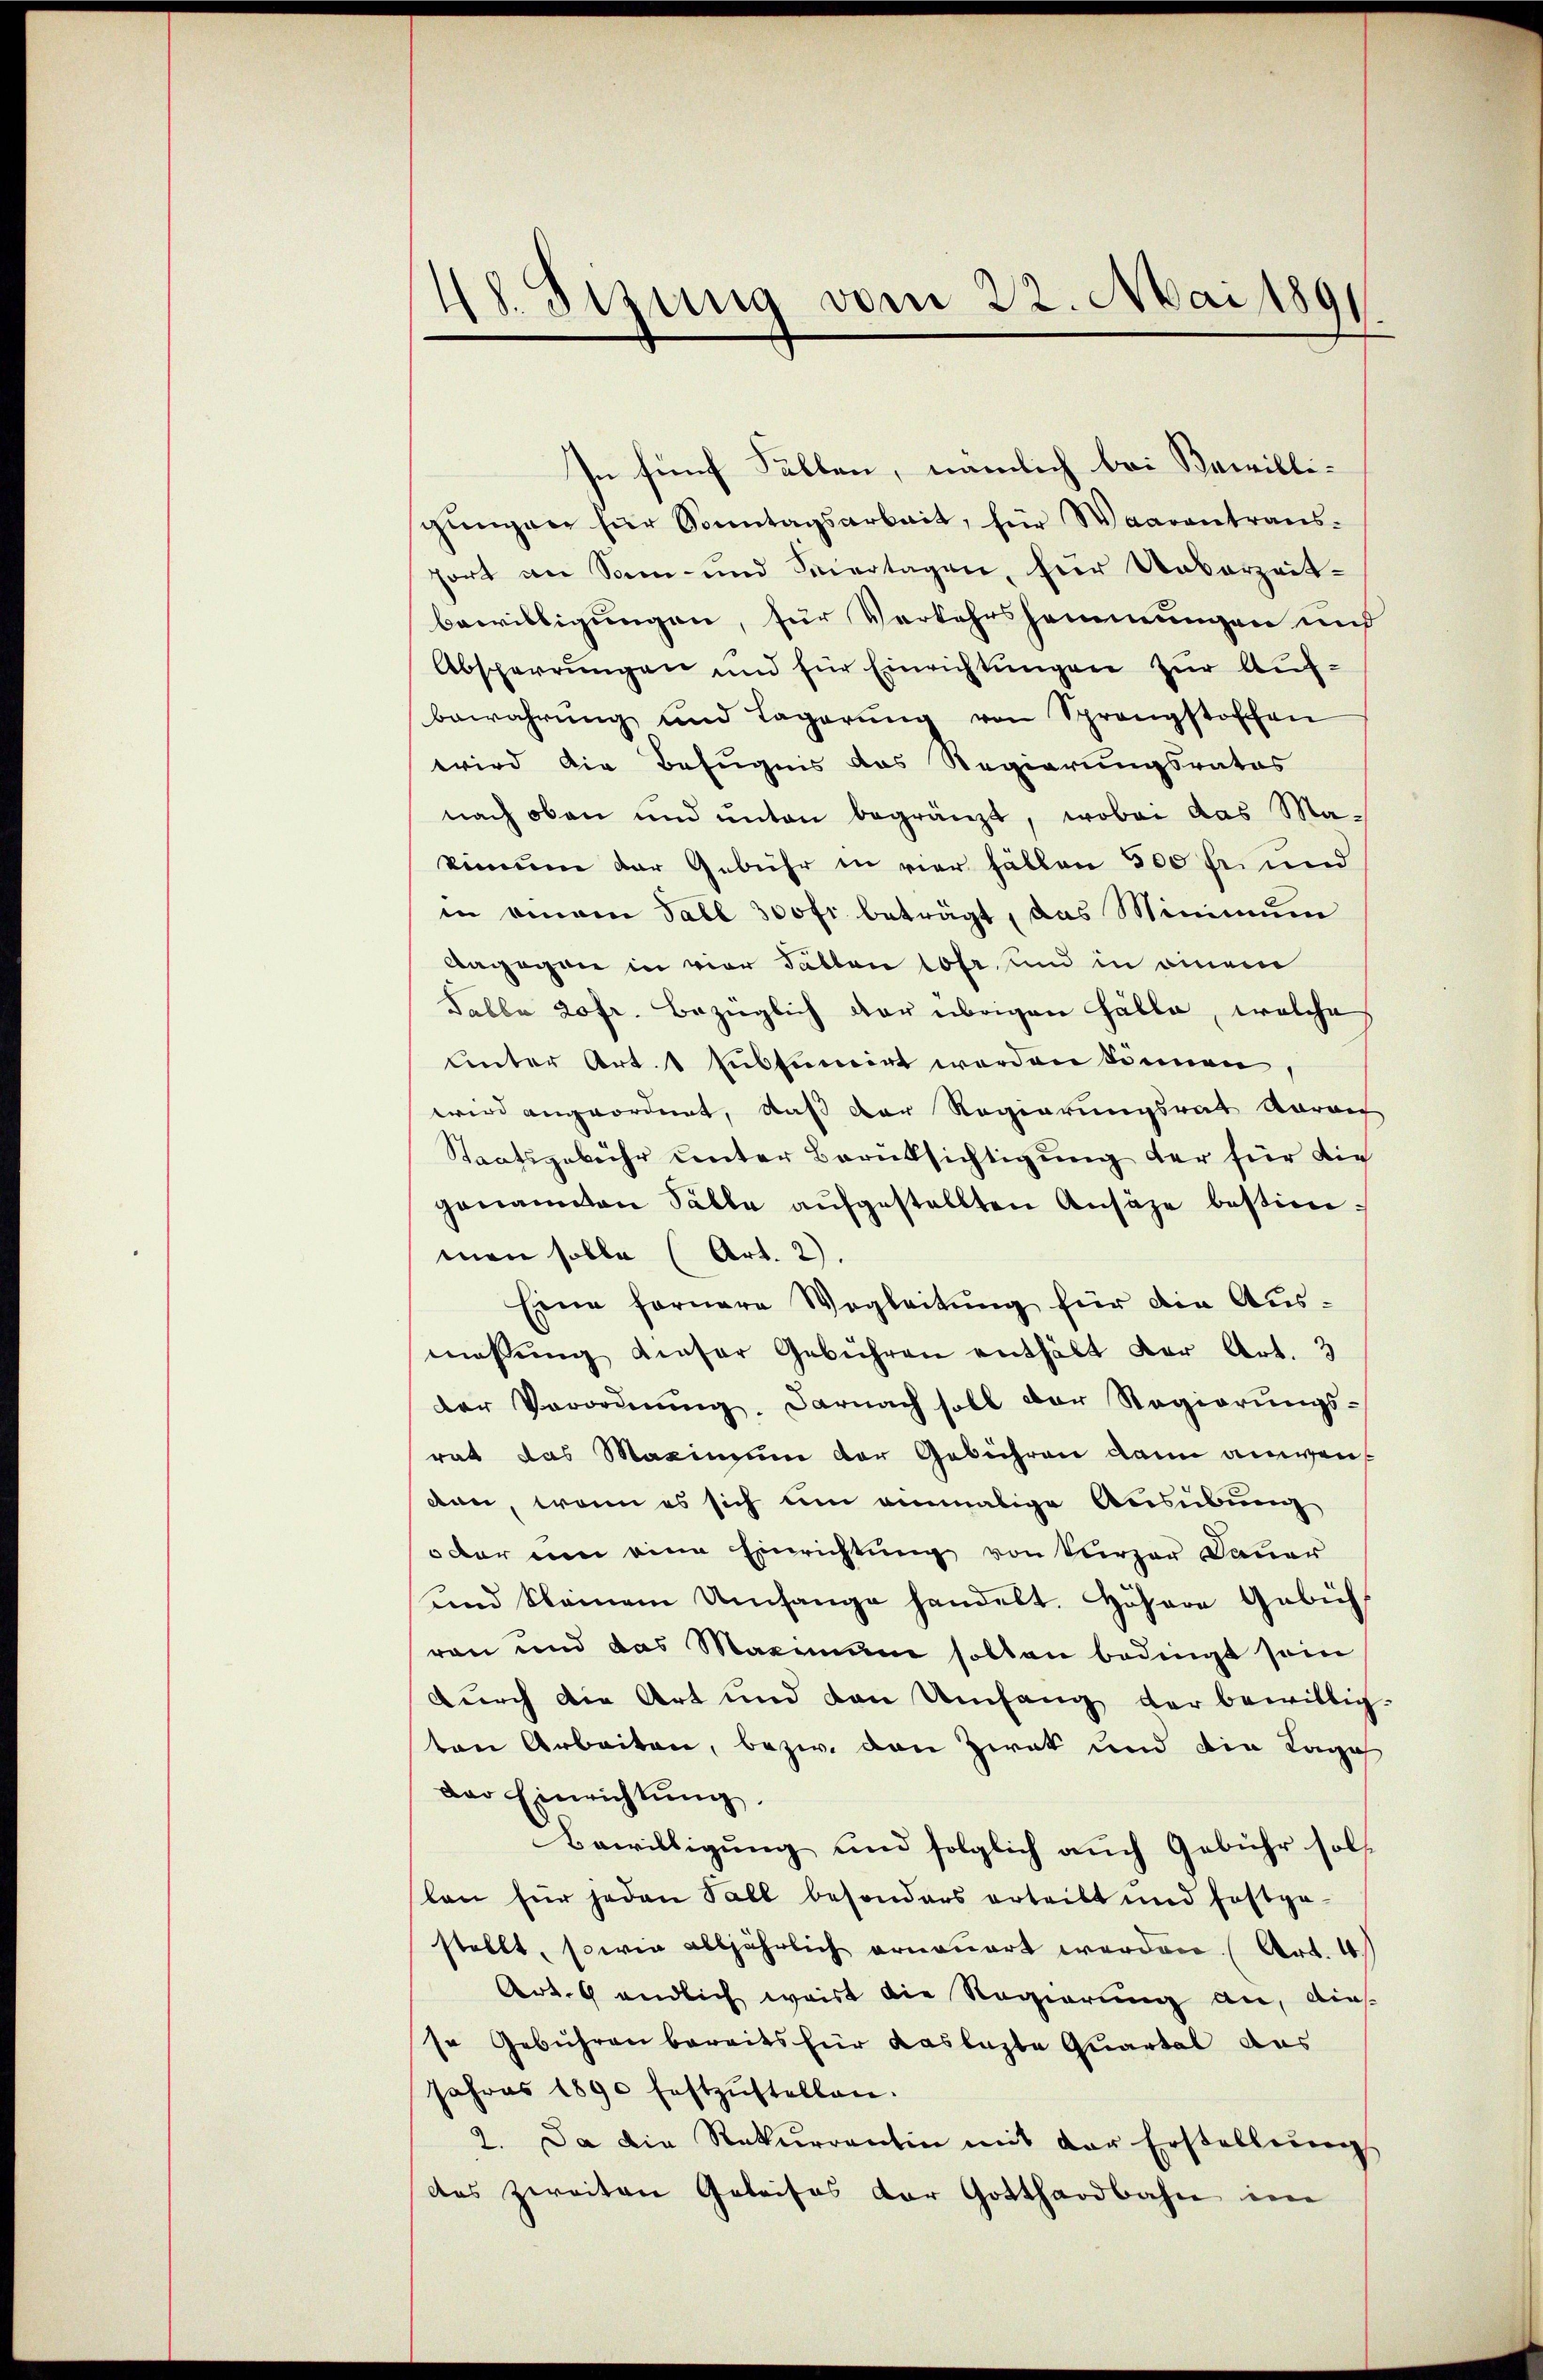
48. Sisung vom 22. Mai 1891

In fünf Fällen, nämlich bei Bewilligŭngen für Sonntagsarbeit, für Waarentrans-
fort an Sonn- und Feiertagen, für Ueberzeit-
bewilligungen, für Verkehrshemmungen und
Absperrungen und für Einrichtungen zur Aufbewahrung und Lagerŭng von Sprangstoffen
wird die Befugnis das Regierungsrates
nach oben und unten begränzt, wobei das Makinum der Gebühr in vier fällen 500 fr. und
in einem Fall 300fr. beträgt, das Minimum
Aagegen in vier Tatten losr, sind in einem
Falbe 20fr. bezüglich der übrigen Fälle, welche
unter Art. 1 subsumirt werden können
wird angeordnet, daß der Regierungsrat vorau
Staatsgebühr unter Berüksichtigung der für die
genannten Fälle aŭfgestellten Ansäze bestimman solle (Art. 2).
Eine fernere Wegleitŭng für die Aus-
messung dieser Gebühren enthält der Art. 3
der Verordnŭng. Darnach soll der Regierŭngs-
rat das Maximum der Gebühren dann anwendan, wenn es sich um einmalige Ausübung
oder um eine Einrichtung von Kürzer Dauer
und kleinem Umfange handelt. Hösere Gebichl
ren und das Marium sollen bedingt sein
durch die Art und den Umfang der bewilligten Arbeiten, bezw. den Zwek und die Tage
der Einrichtung.
Bewilligung und folglich auch Gebühr soll
len für jeden Fall besonders erteilt und festge-
stellt, sowie alljährlich erneuert werden. (Art. 4
Art. 6 endlich waist die Regierung an, dies
so Gebühren bereits für das lezte Quartal das
Jahres 1890 festzŭstellen.
2. Da die Rekurrentin mit der Erstellung
das zweiten Geleises der Gotthardbahn im